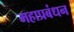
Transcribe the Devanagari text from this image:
महाप्रबंधन